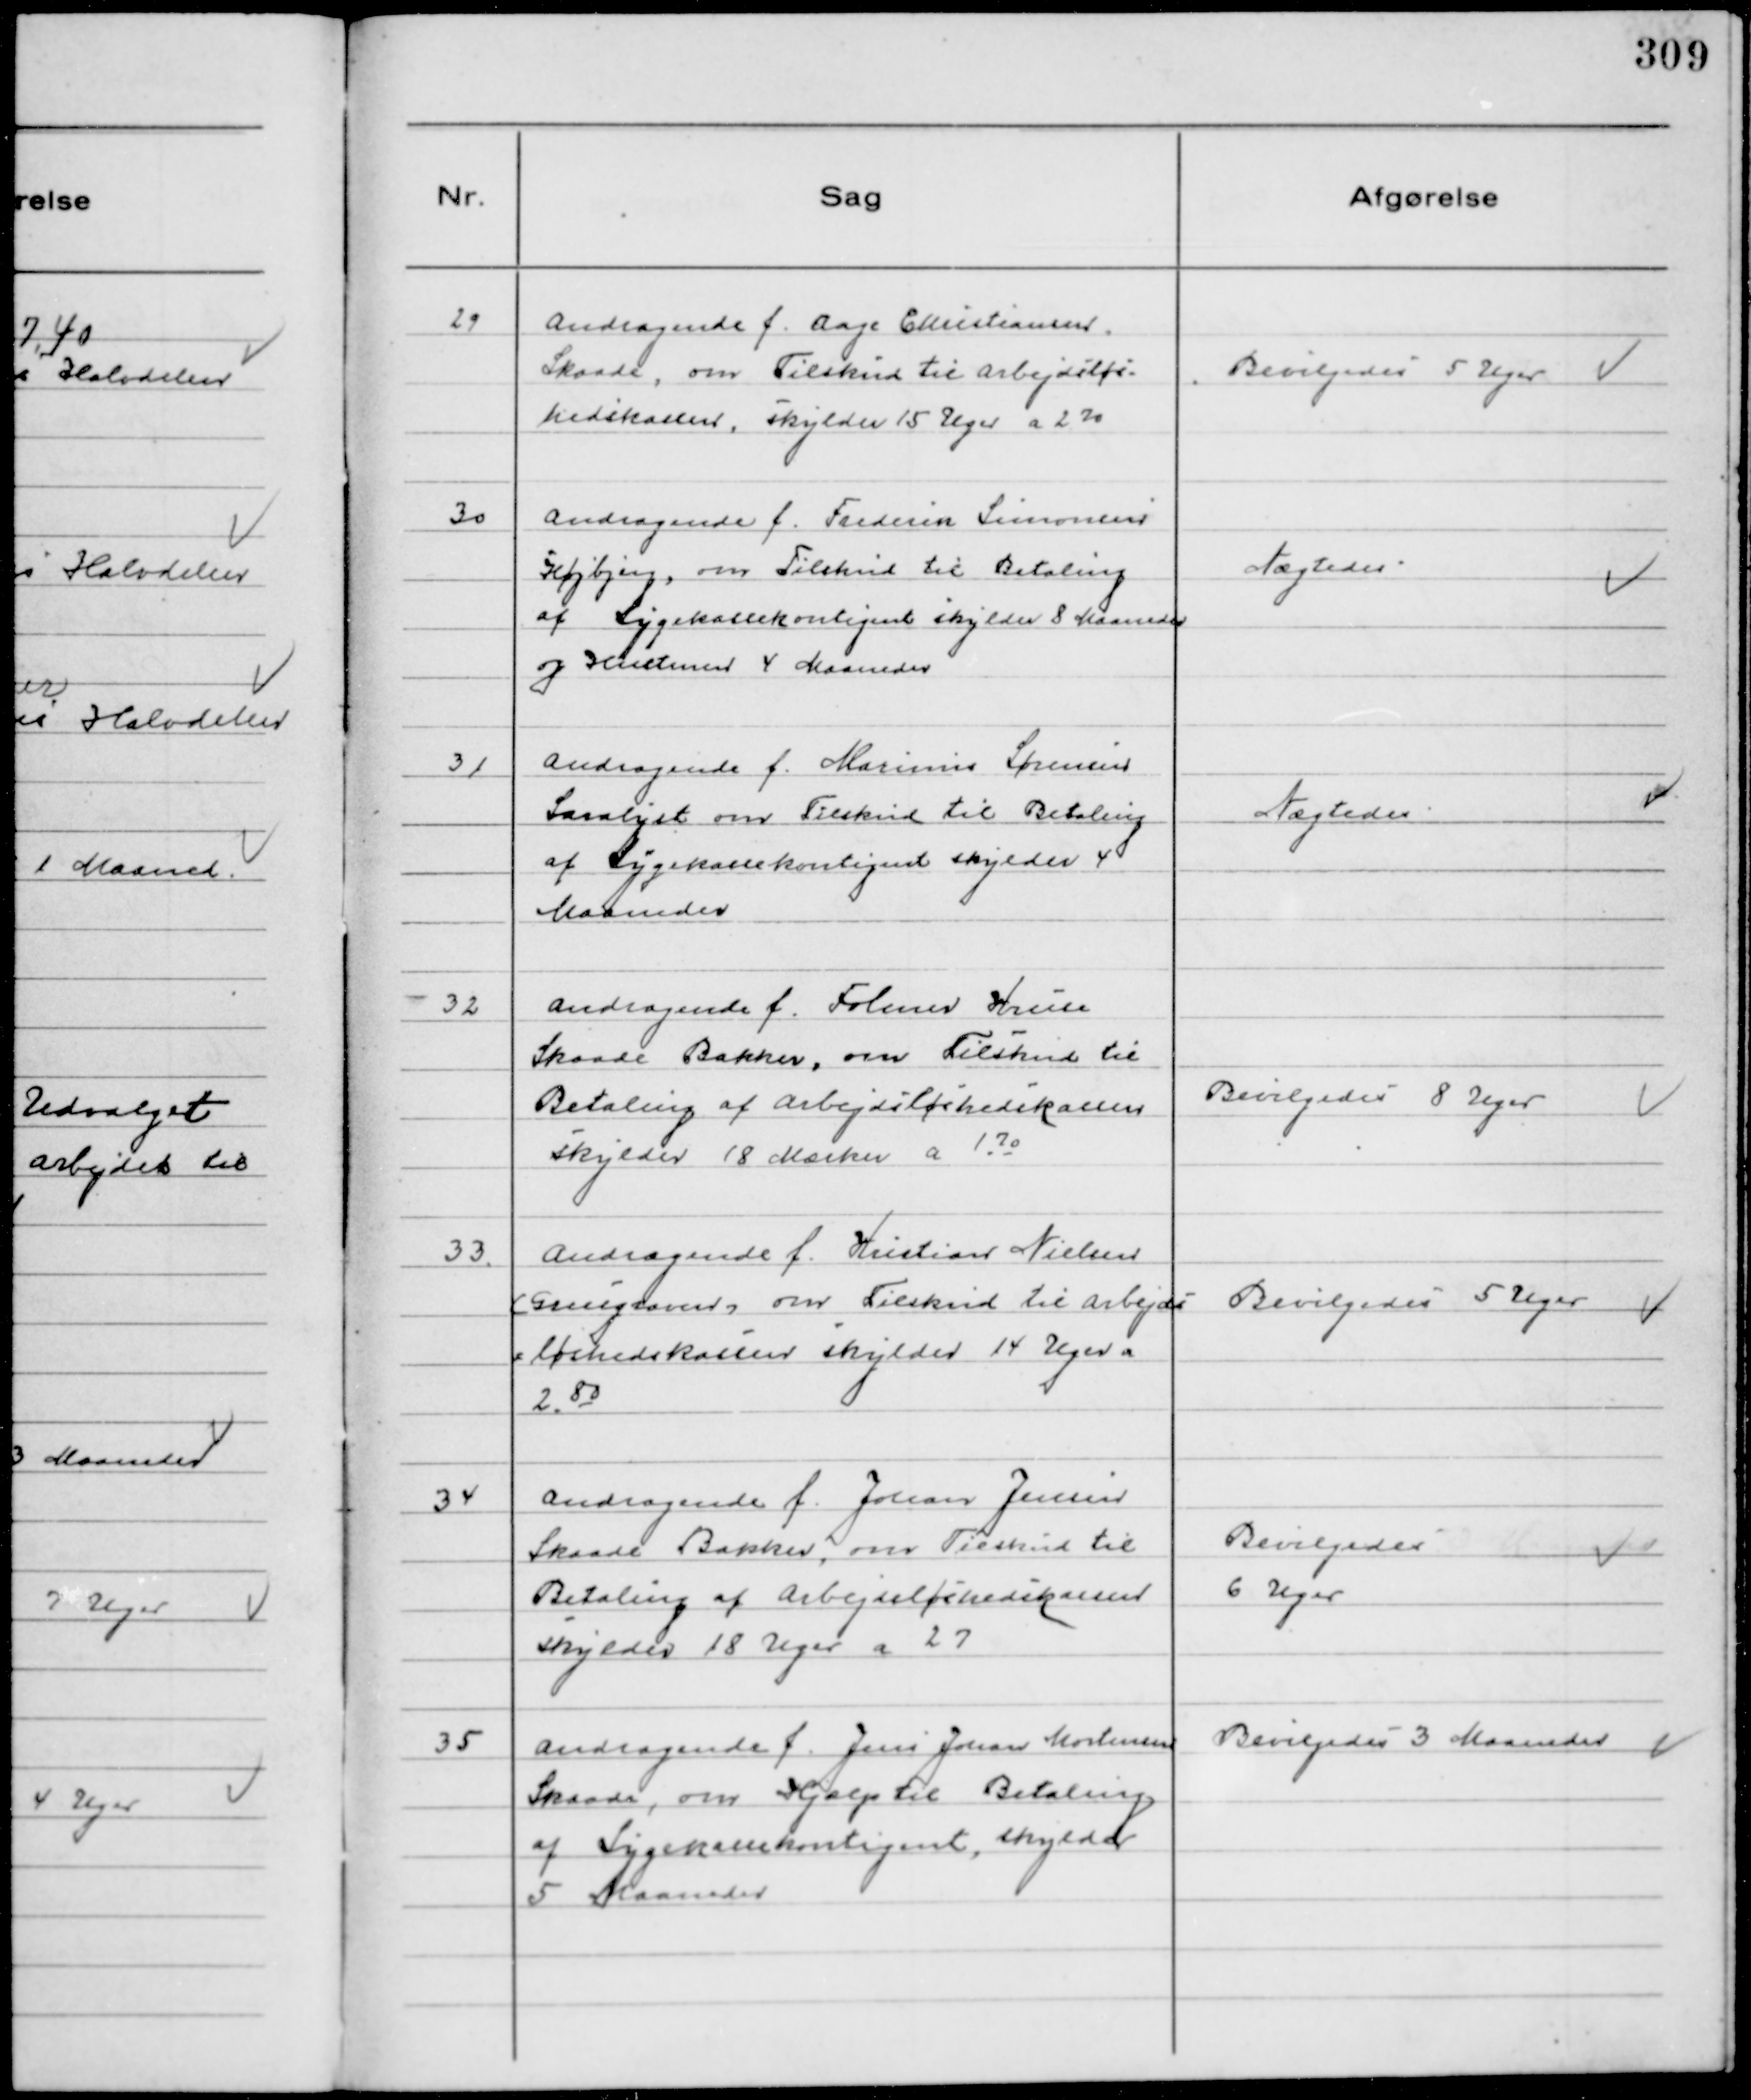
Transskription:
29
Andragende f. Aage Christiansen
Skaade, om Tilskud til Arbejdsløs-
hedskassen, skylder 15 Uger a 2 70

Bevilgedes 5 Uger

30
Andragende f. Frederik Simonsen
Højbjerg, om Tilskud til Betaling
af Sygekassekontigent skylder 8 Maaneder
og Hustruen 4 Maaneder

Nægtedes

31
Andragende f. Marinus Sørensen
Saralyst om Tilskud til Betaling
af Sygekassekontigent skylder 4
Maaneder

Nægtedes

32
Andragende f. Folmer Kruse
Skaade Bakker, om Tilskud til
Betaling af Arbejdsløshedskassen
skylder 18 Mærker a 1 70

Bevilgedes 8 Uger

33.
Andragende f. Kristian Nielsen
(Grusgraven) om Tilskud til Arbejds-
løshedskassen skylder 14 Uger a
2. 80

Bevilgedes 5 Uger

34
Andragende f. Johan Jensen
Skaade Bakker, om Tilskud til
Betaling af Arbejdsløshedskassen
skylder 18 Uger a 27

Bevilgedes
6 Uger

35
Andragende f. Jens Johan Mortensen
Skaade, om Hjælp til Betaling
af Sygekassekontigent, skylder
5 Maaneder

Bevilgedes 3 Maaneder